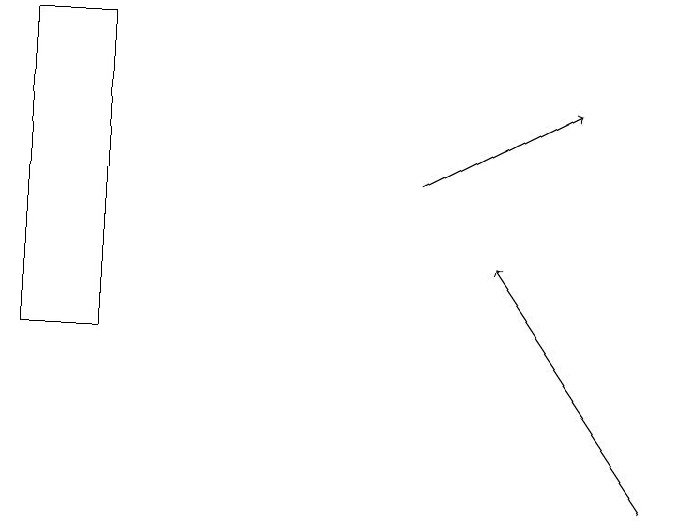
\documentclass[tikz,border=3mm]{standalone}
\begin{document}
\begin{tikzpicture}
\draw[->] (9,10) -- (7,13);
\draw (1,12) rectangle (2,16);
\draw[->] (6,14) -- (8,15);
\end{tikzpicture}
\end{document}